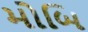
મોબિ